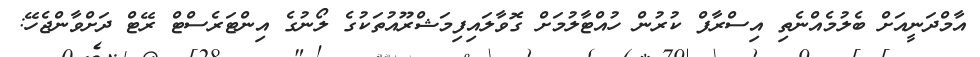
އާމްދަނީއަށް ބެލުމެއްނެތި އިސްރާފް ކުރުން ހުއްޓާލުމަށް ގޮވާލައިފިމަޝްރޫއުތަކުގެ ލޯނުގެ އިންޓަރެސްޓް ރޭޓް ދަށްވާންޖެހޭ: